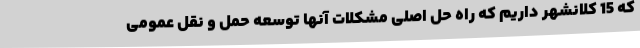
که 15 کلانشهر داریم که راه حل اصلی مشکلات آنها توسعه حمل و نقل عمومی